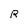
Character: R